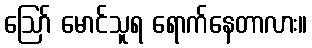
ဪ မောင်သူရ ရောက်နေတာလား။